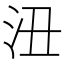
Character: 沑